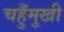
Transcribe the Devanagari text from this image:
चहुँमुखी